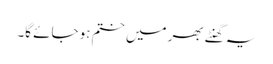
یہ گھنٹے بھر میں ختم ہو جائے گا۔